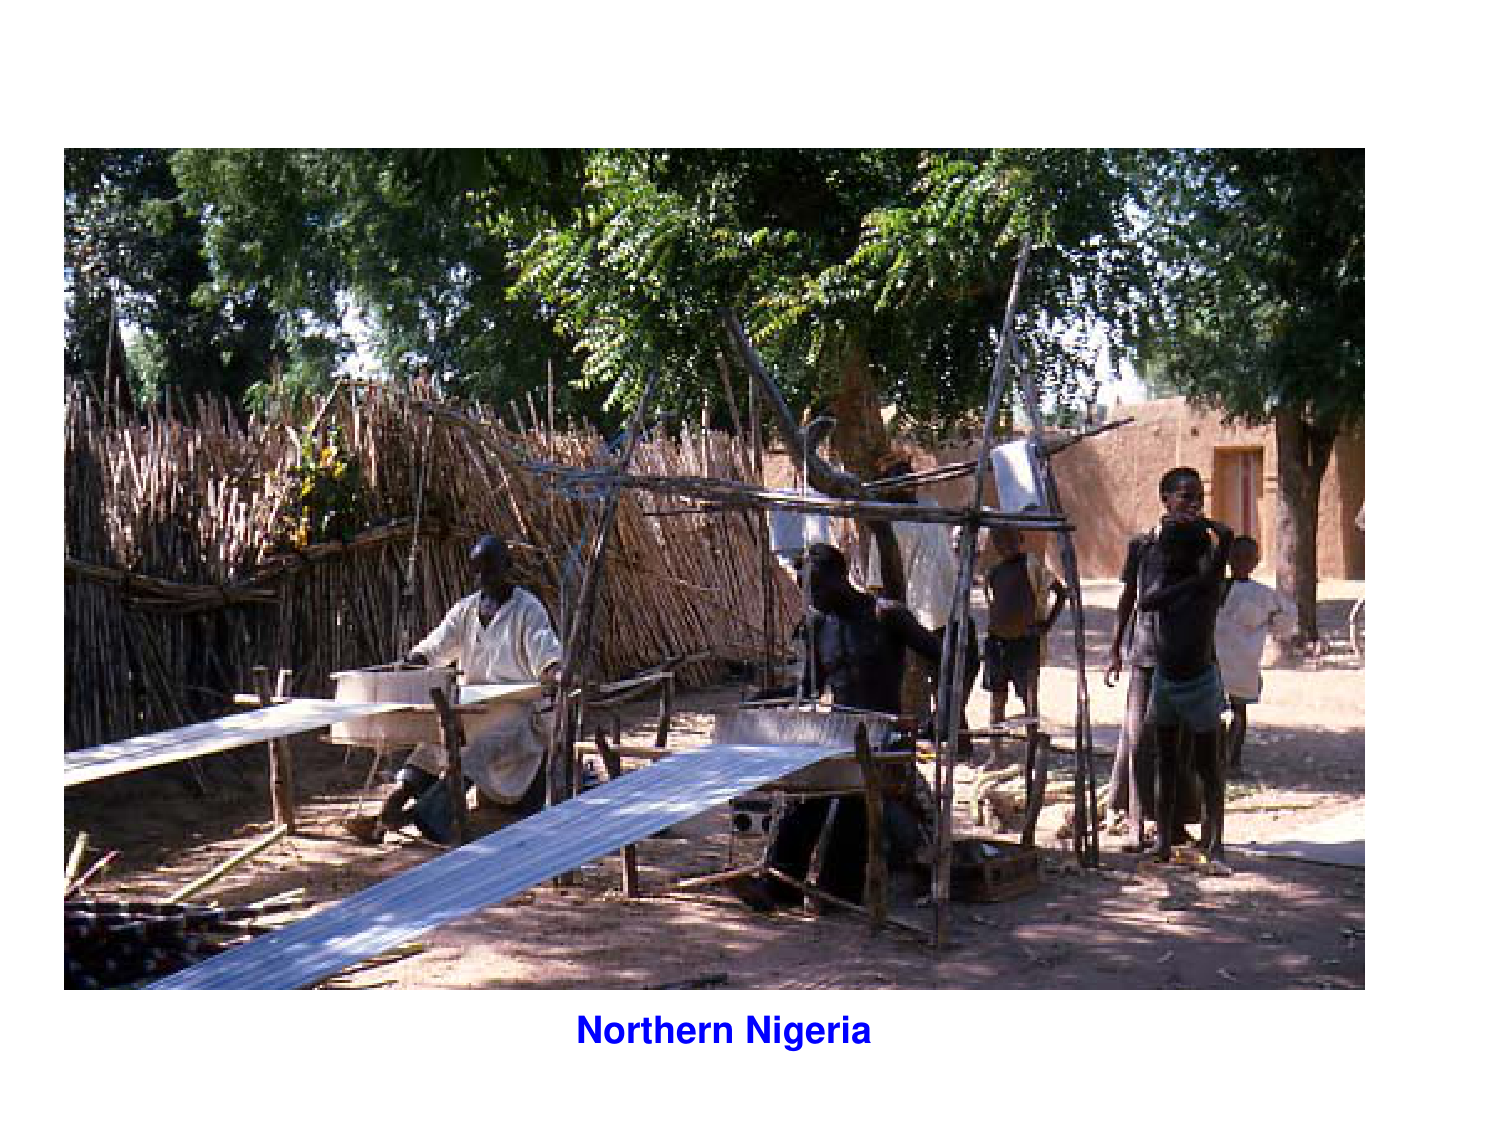
Northern Nigeria